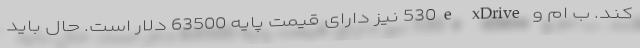
کند. ب ام و 530e xDrive نیز دارای قیمت پایه 63500 دلار است. حال باید